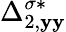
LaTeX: \Delta_{2,\mathbf{y}\mathbf{y}}^{\sigma*}